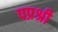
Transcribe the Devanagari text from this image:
पप्रश्री